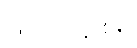
ဖြတ်သန်းစဉ်